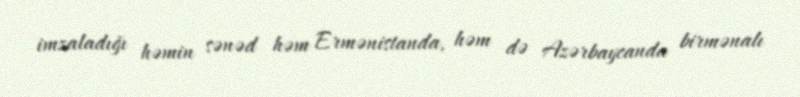
imzaladığı həmin sənəd həm Ermənistanda, həm də Azərbaycanda birmənalı